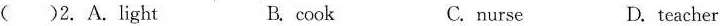
()2.A.light B.cook C.nurse D.teacher